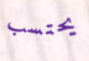
يحتسب